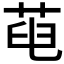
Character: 𦱉